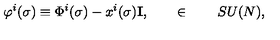
\varphi ^ { i } ( \sigma ) \equiv \Phi ^ { i } ( \sigma ) - x ^ { i } ( \sigma ) { \bf I } , \qquad \in \qquad S U ( N ) ,